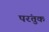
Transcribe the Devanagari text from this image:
परंतुक